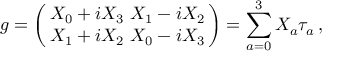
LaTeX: g = \left( \! \! \begin{array} { c } { { X _ { 0 } + i X _ { 3 } \ X _ { 1 } - i X _ { 2 } } } \\ { { X _ { 1 } + i X _ { 2 } \ X _ { 0 } - i X _ { 3 } } } \end{array} \! \! \right) = \sum _ { a = 0 } ^ { 3 } X _ { a } \tau _ { a } \, ,